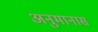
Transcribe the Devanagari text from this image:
अनुमानास